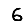
Digit: 6